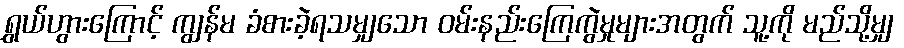
ရွှယ်ဟွားကြောင့် ကျွန်မ ခံစားခဲ့ရသမျှသော ဝမ်းနည်းကြေကွဲမှုများအတွက် သူ့ကို မည်သို့မျှ